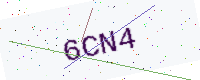
Text: 6CN4